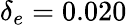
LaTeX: \delta_{e}=0.020